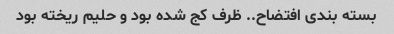
بسته بندی افتضاح.. ظرف کج شده بود و حلیم ریخته بود